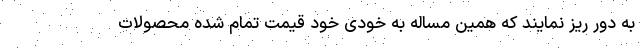
به دور ریز نمایند که همین مساله به خودی خود قیمت تمام شده محصولات